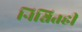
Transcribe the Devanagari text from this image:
निश्चितही